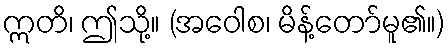
ဣတိ၊ ဤသို့။ (အဝေါစ၊ မိန့်တော်မူ၏။)